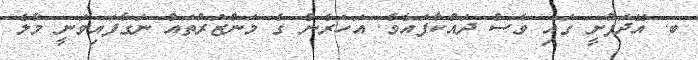
ބ. އޭދަފުށީ ގައި ވެސް ދައްކާފައެވެ. އަހަރެން ގެ މަންޒަރުތައް ނަގާފައިވަނީ މާލެ